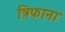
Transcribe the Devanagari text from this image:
त्रिफाना